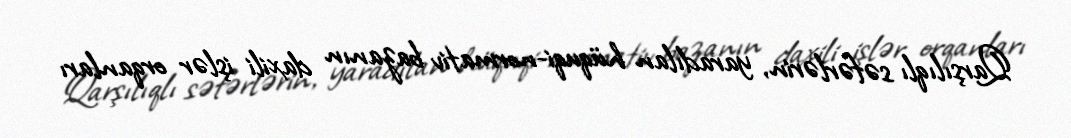
Qarşılıqlı səfərlərin, yaradılan hüquqi-normativ bazanın daxili işlər orqanları